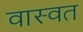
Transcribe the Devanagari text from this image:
वास्वत